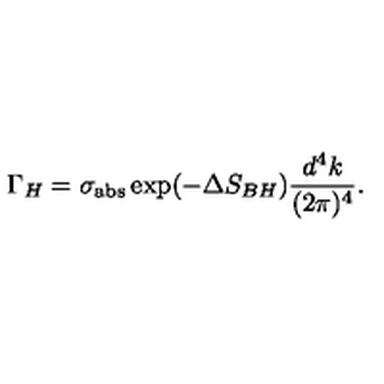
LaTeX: \Gamma _ { H } = \sigma _ { \mathrm { a b s } } \exp ( - \Delta S _ { B H } ) \frac { d ^ { 4 } k } { ( 2 \pi ) ^ { 4 } } .